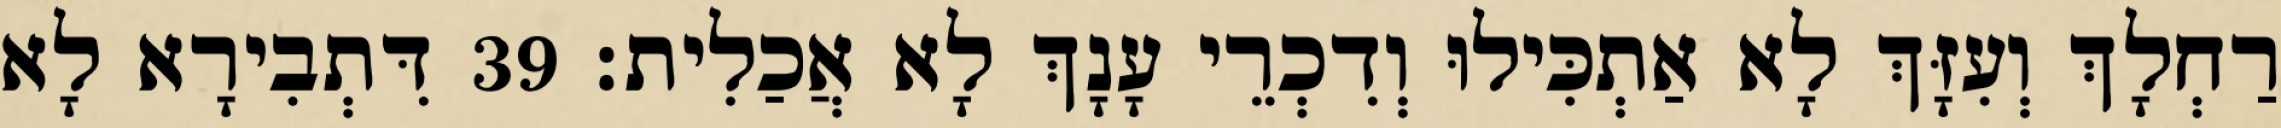
רַחְלָךְ וְעִזָּךְ לָא אַתְכִּילוּ וְדִכְרֵי עָנָךְ לָא אֲכַלִית׃ 39 דִּתְבִירָא לָא